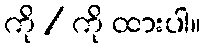
ကို / ကို ထားပါ။